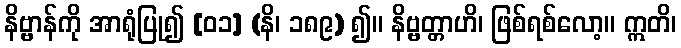
နိဗ္ဗာန်ကို အာရုံပြု၍ [၀၁] (နိ၊ ၁၈၉) ၍။ နိဗ္ဗတ္တာဟိ၊ ဖြစ်ရစ်လော့။ ဣတိ၊